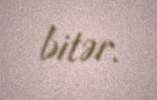
bitər.